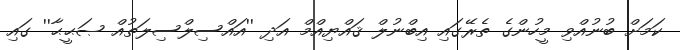
ކަމަށް ބުނުއްވި މީހުންގެ ތެރޭގައި އިބްނުލް ޤައްޔިއްމް އަދި ''އައްސިލްސިލަތުއް ޞަޙީޙާ'' ގައި